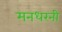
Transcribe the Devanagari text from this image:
मनधरनी